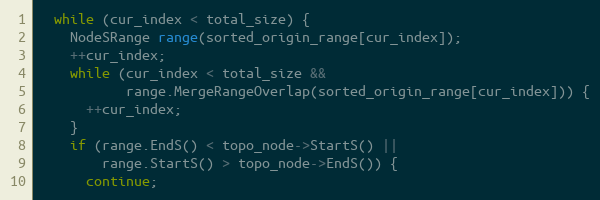
Language: C++
  while (cur_index < total_size) {
    NodeSRange range(sorted_origin_range[cur_index]);
    ++cur_index;
    while (cur_index < total_size &&
           range.MergeRangeOverlap(sorted_origin_range[cur_index])) {
      ++cur_index;
    }
    if (range.EndS() < topo_node->StartS() ||
        range.StartS() > topo_node->EndS()) {
      continue;